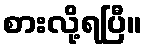
စားလို့ရပြီ။